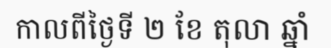
កាលពីថ្ងៃទី ២ ខែ តុលា ឆ្នាំ